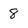
Character: 8